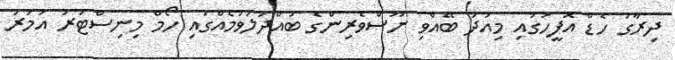
ދިރާގު ހެޑް އޮފީހުގައި މިއަދު ބޭއްވި ނޫސްވެރިންގެ ބައްދަލުވުމެއްގައި ހޯމް މިނިސްޓަރު އުމަރު